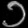
Digit: ၁